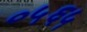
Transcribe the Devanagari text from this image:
०५६५